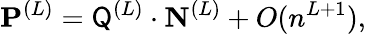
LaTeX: \mathbf P^{(L)}=\mathsf Q^{(L)}\cdot\mathbf N^{(L)}+O(n^{L+1}),